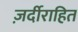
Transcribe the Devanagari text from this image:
ज़र्दीराहित